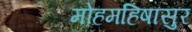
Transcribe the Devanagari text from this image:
मोहमहिषासुर